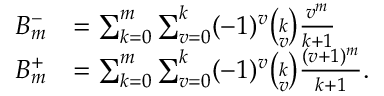
{ \begin{array} { r l } { B _ { m } ^ { - } } & { = \sum _ { k = 0 } ^ { m } \sum _ { v = 0 } ^ { k } ( - 1 ) ^ { v } { \binom { k } { v } } { \frac { v ^ { m } } { k + 1 } } } \\ { B _ { m } ^ { + } } & { = \sum _ { k = 0 } ^ { m } \sum _ { v = 0 } ^ { k } ( - 1 ) ^ { v } { \binom { k } { v } } { \frac { ( v + 1 ) ^ { m } } { k + 1 } } . } \end{array} }